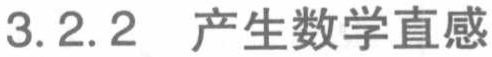
3.2.2 产生数学直觉